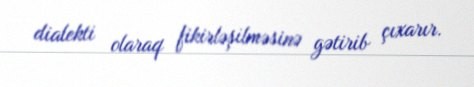
dialekti olaraq fikirləşilməsinə gətirib çıxarır.